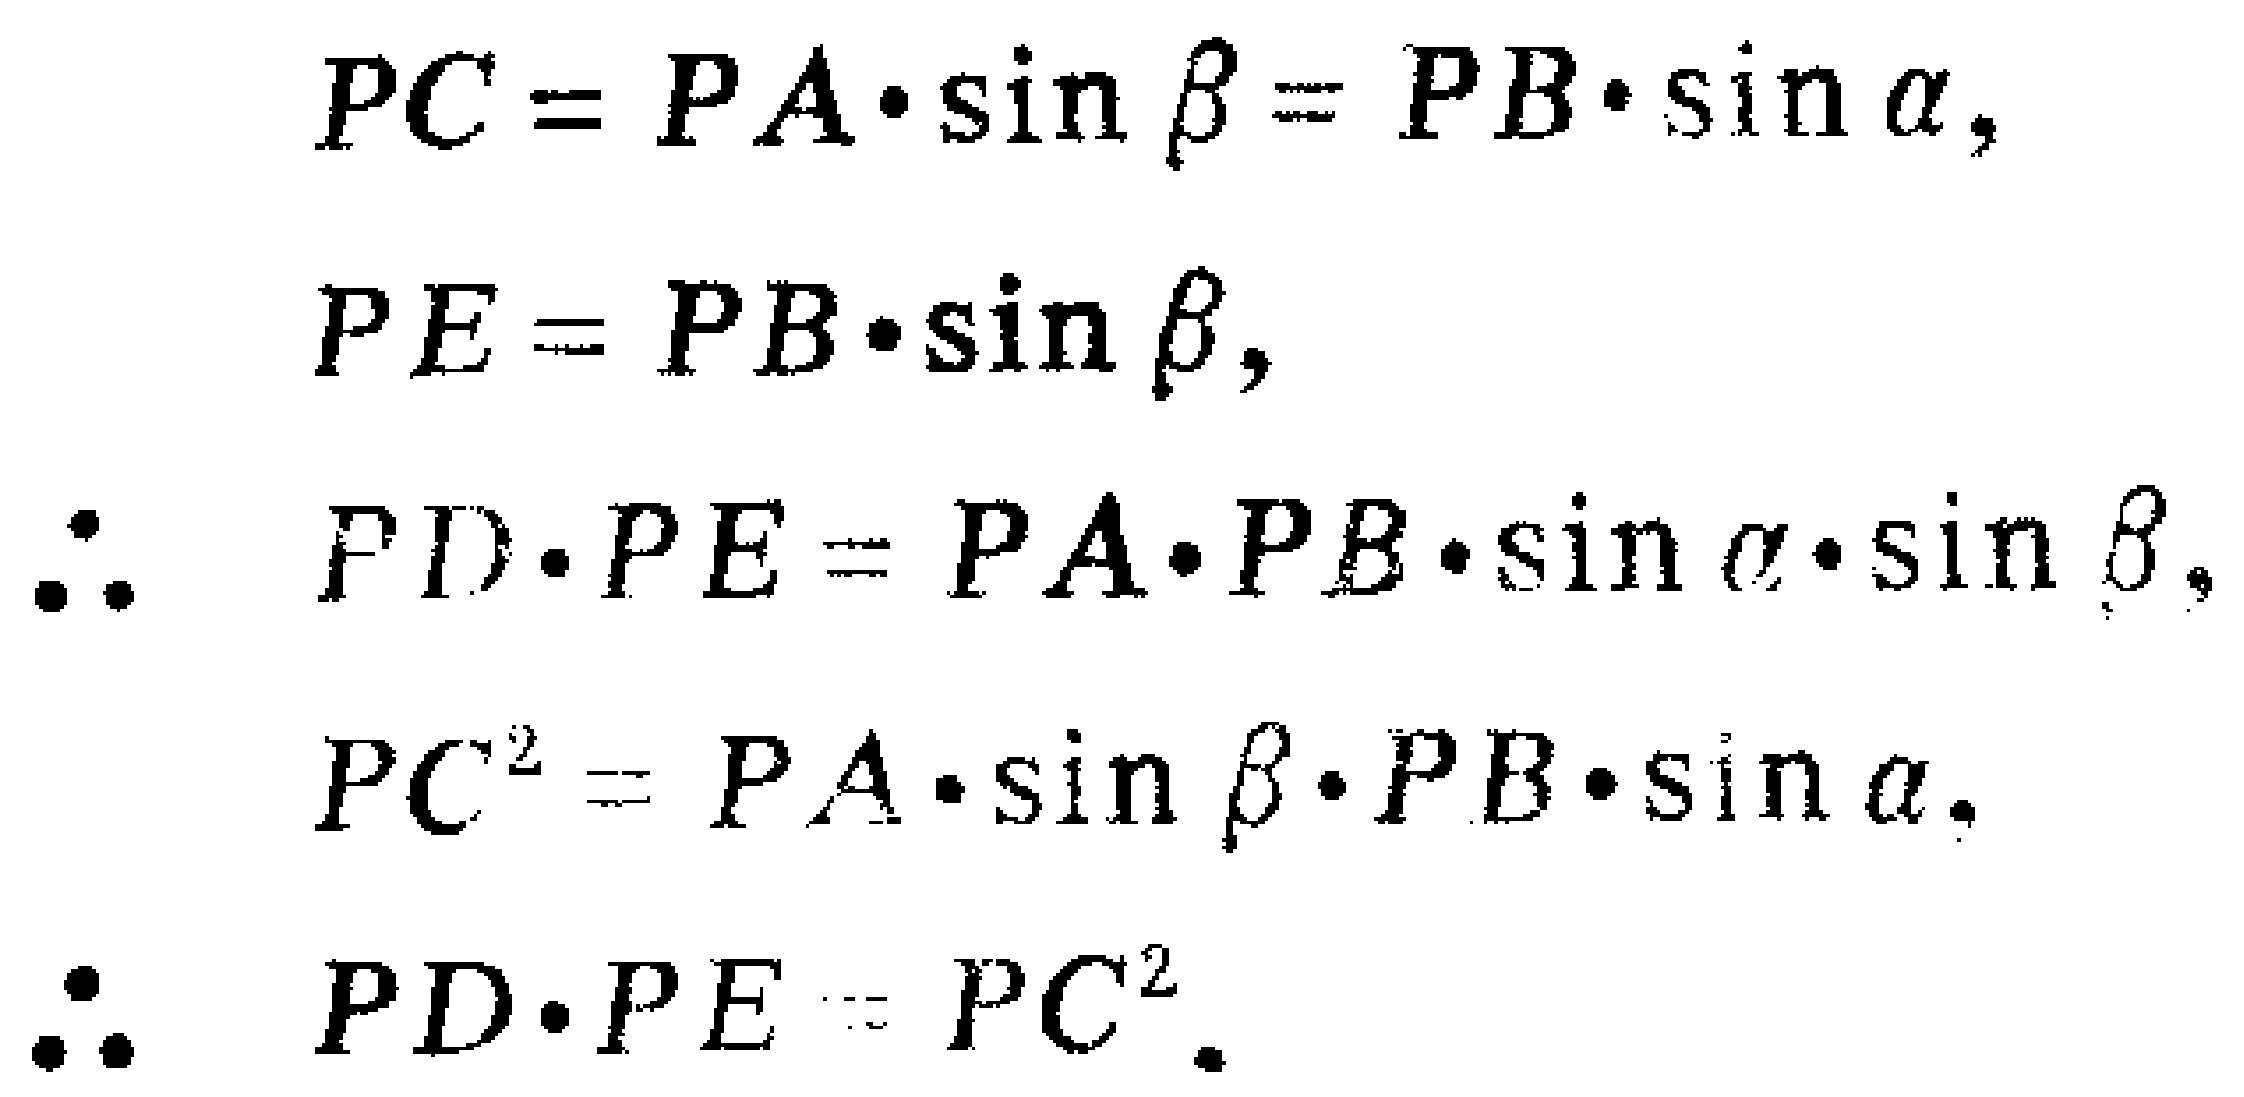
\[
\begin{align*}
PC&=PA\cdot\sin\beta = PB\cdot\sin\alpha,\\
PE&=PB\cdot\sin\beta,\\
\therefore PD\cdot PE&=PA\cdot PB\cdot\sin\alpha\cdot\sin\beta,\\
PC^{2}&=PA\cdot\sin\beta\cdot PB\cdot\sin\alpha.\\
\therefore PD\cdot PE&=PC^{2}.
\end{align*}
\]